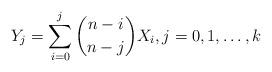
LaTeX: \begin{align*} Y_j &= \sum_{i=0}^j \binom{n-i}{n-j} X_i, j=0,1,\ldots,k \end{align*}